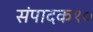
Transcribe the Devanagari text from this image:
संपादक१०